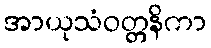
အာယုသံဝတ္တနိကာ